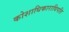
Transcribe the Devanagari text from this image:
कोशाधिकाराधिपति